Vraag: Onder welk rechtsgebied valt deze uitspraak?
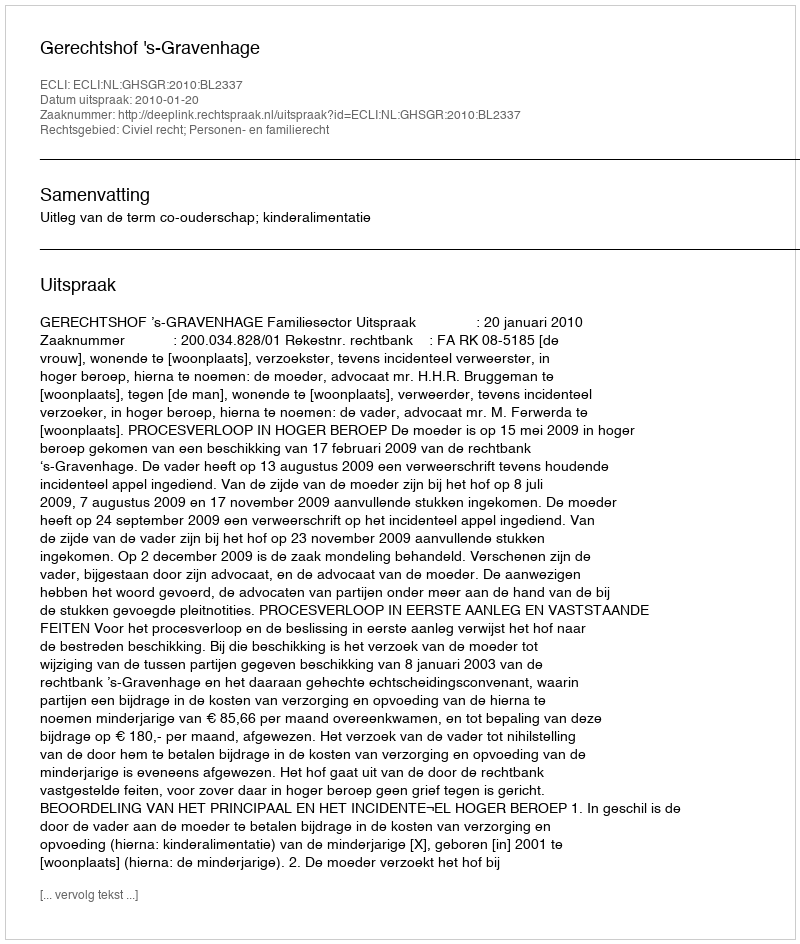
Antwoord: Civiel recht; Personen- en familierecht